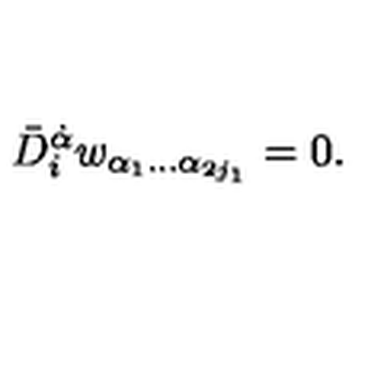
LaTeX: \bar { D } _ { i } ^ { \dot { \alpha } } w _ { \alpha _ { 1 } \ldots \alpha _ { 2 j _ { 1 } } } = 0 .